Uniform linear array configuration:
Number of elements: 24
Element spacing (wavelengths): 1
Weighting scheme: blackman
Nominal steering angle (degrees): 0
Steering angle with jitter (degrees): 0.8829
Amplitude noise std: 0.05
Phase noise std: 0.05

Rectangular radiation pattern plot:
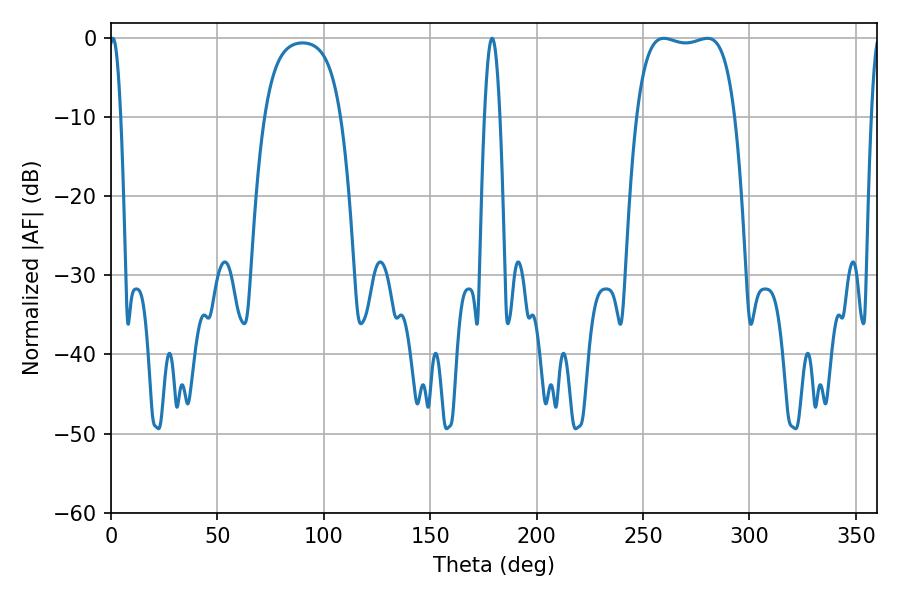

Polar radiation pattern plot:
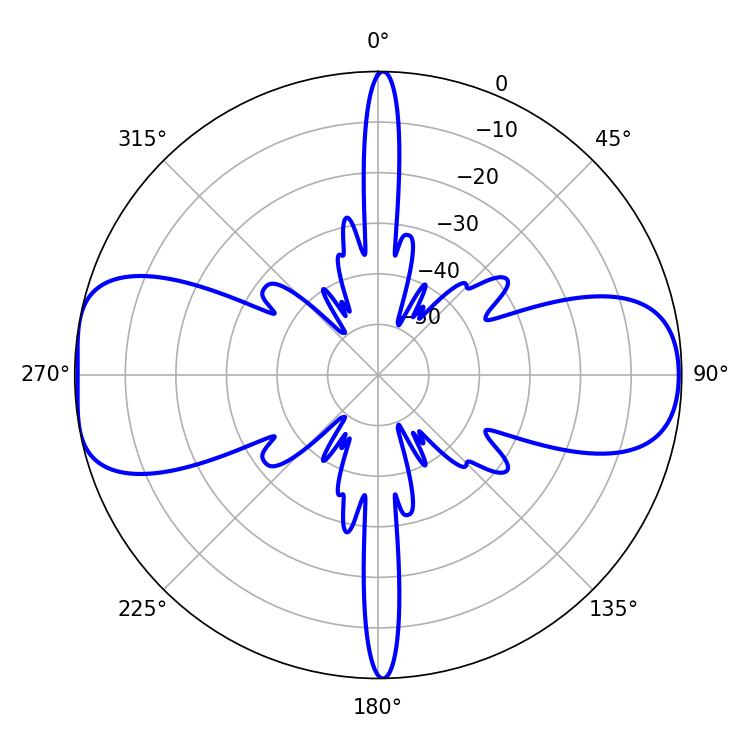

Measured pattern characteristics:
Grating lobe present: TRUE
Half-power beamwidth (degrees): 36.72
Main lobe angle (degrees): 280.26